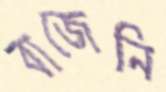
বাজেনি